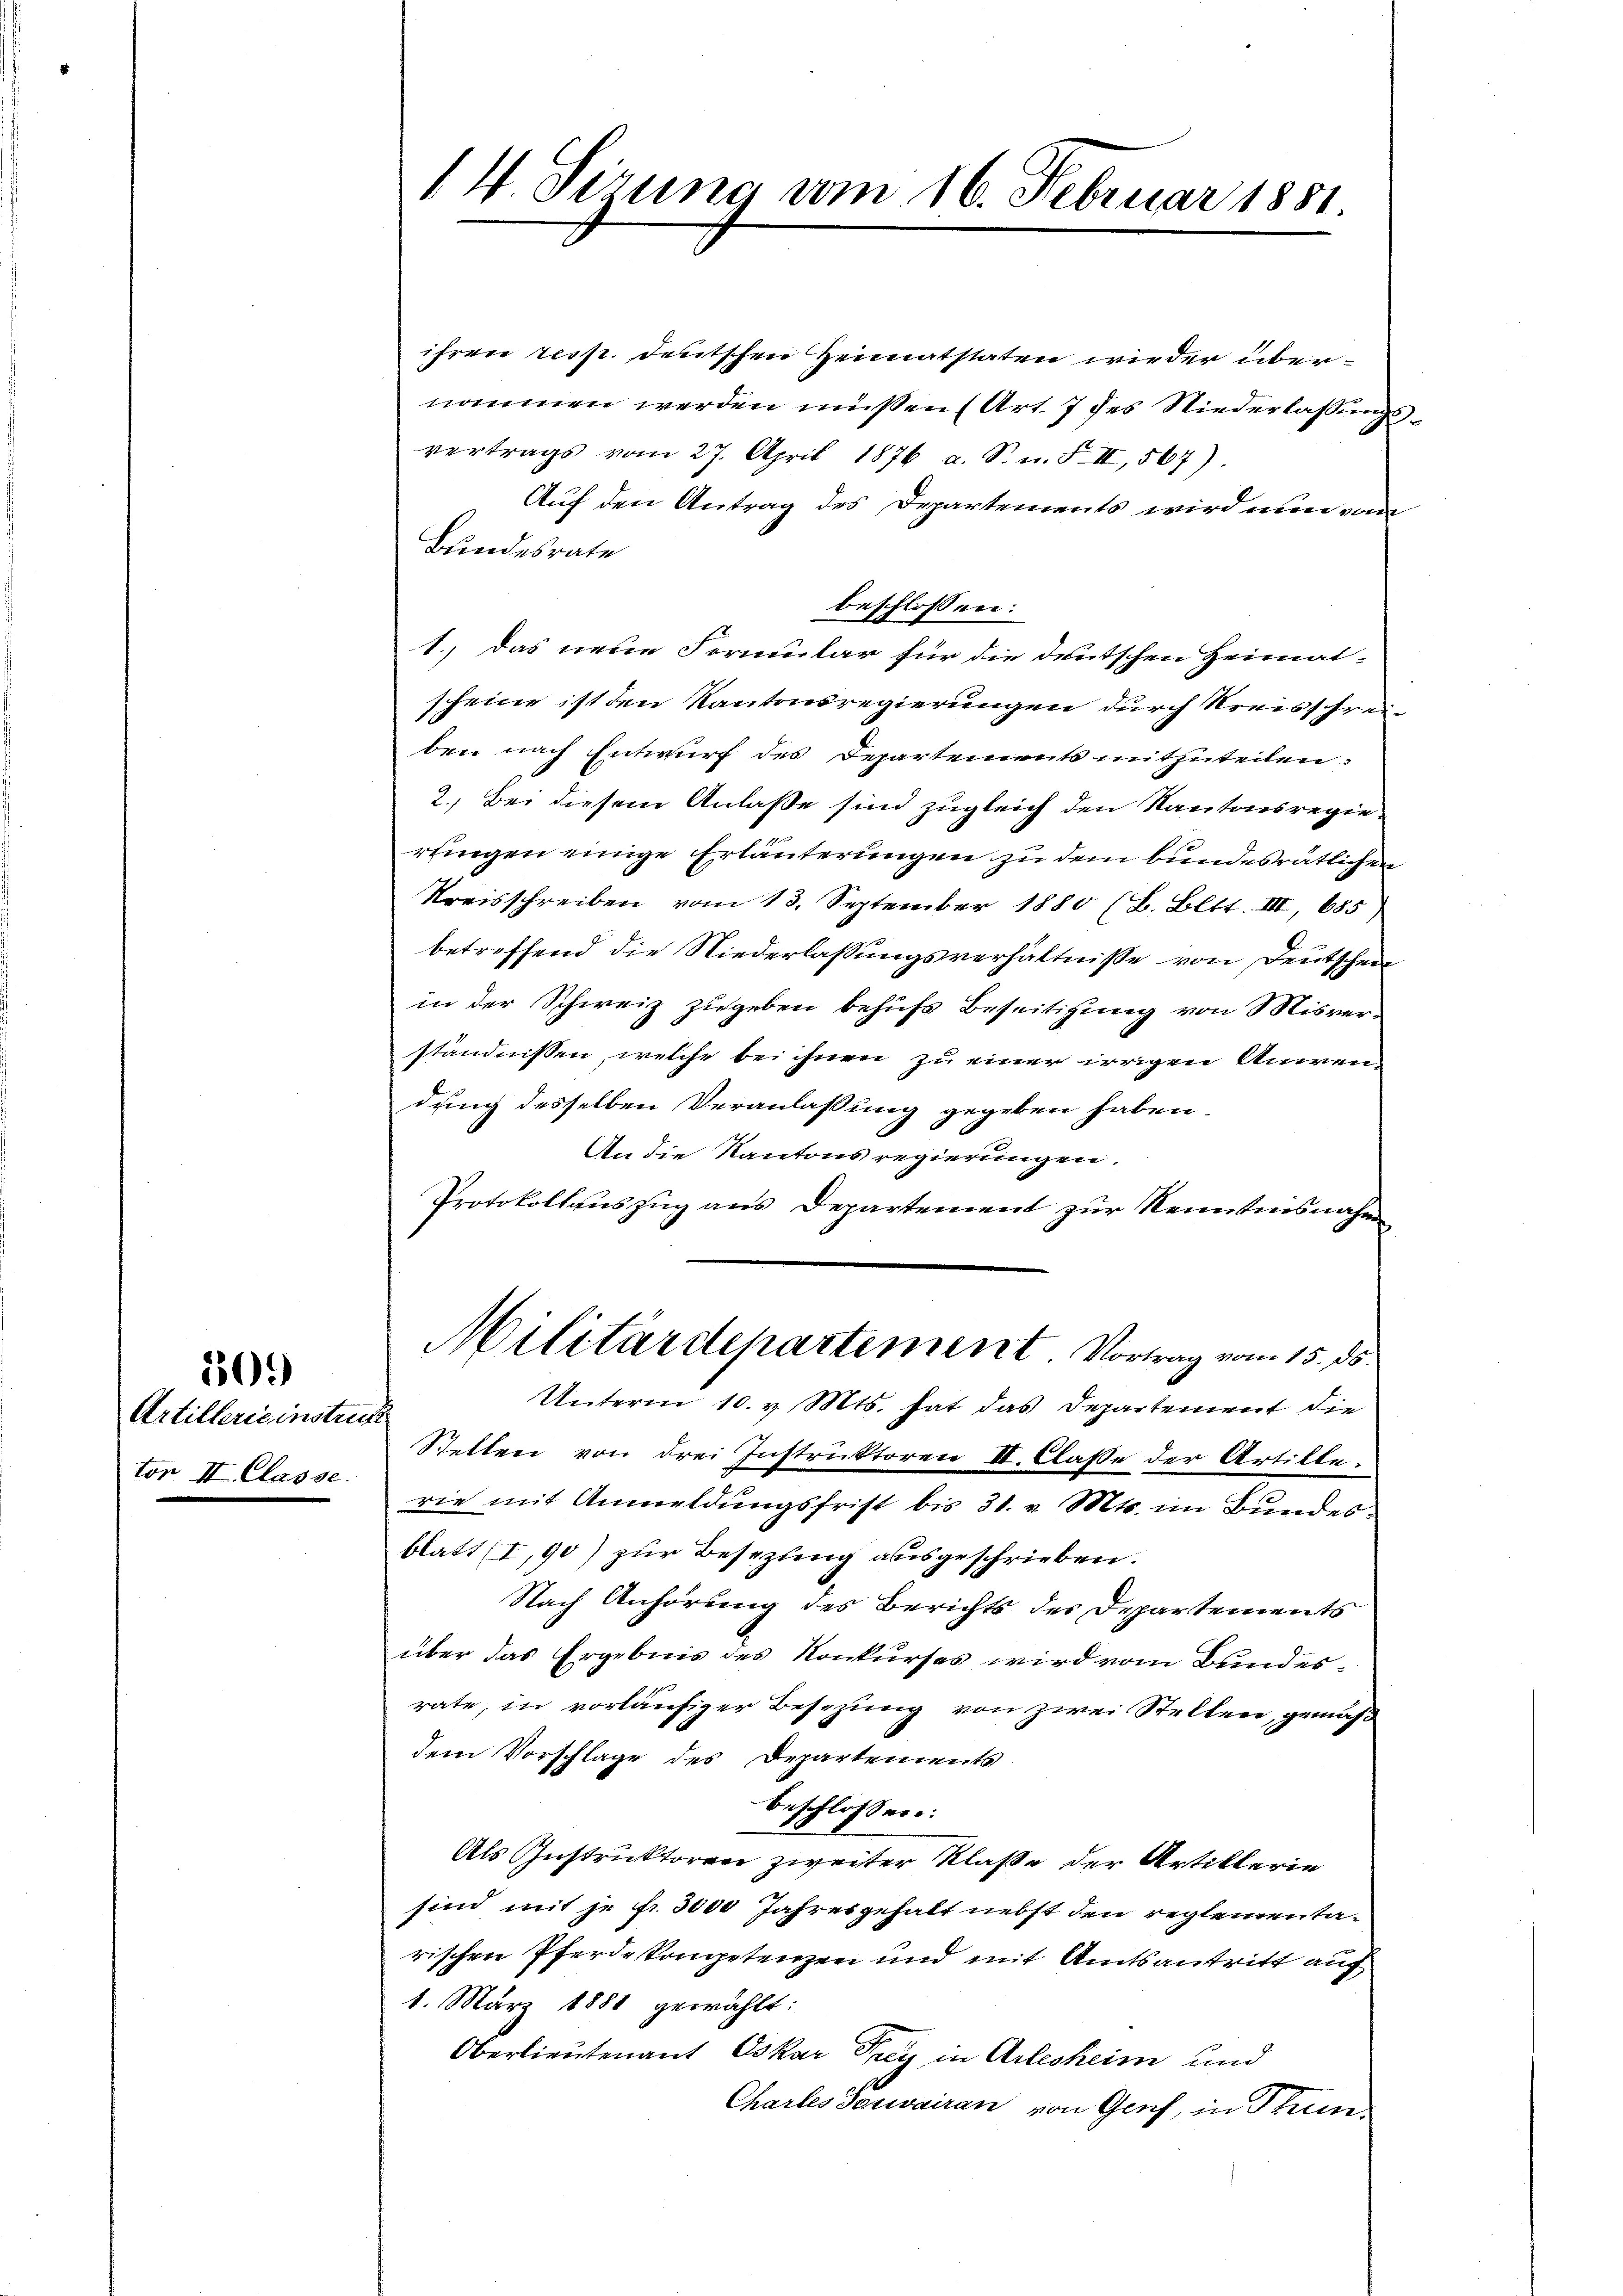
509)

Artillerie instru
ton II. Classe.

14 Sirung vom 16. Februar 1851.

ihren resp. deutschen Heimatstaten wie der übernommen werden müssen (Art. 7 des Niederlassung,
vertrags vom 27. April 1876 a. S. n. F. II, 567)
Auf den Antrag des Departements wird nun vom
Bundesrate
beschlossen:
1., das neue Formular für die deutschen Heimat-
scheine ist den Kantonsregierungen durch Kreisschreiben nach Entwurf des Departements mitzuteilen.
2. Bei diesem Anlaße sind zugleich den Kantonsregiertingen einige Erläuterungen zu dem bundesrätlichen
Kreisschreiben vom 13. September 1880 (B. Bett. III, 685
betreffend die Niederlassungsverhältnisse von Deutschen
in der Schweiz zugeben behufs Beseitigung von Misverständnissen, welche bei ihnen zu einer irrigen Anwendung desselben Veranlaßung gegeben haben
An die Kantons regierungen.
Protokollauszug aus Departement zur Kenntnisnahm
Militärdepartement Vortrag vom 15. ds.
Unterm 10. v. Mts. hat das Departement die
¬
Stellen von drei Instruktoren II. Claße der Artille-
rie mit Anmeldungsfrist bis 31. v. Mts. im Bundes.
blatt (I,90) zur Besezung ausgeschrieben.
Nach Anhörung des Berichts des Departements
über das Ergebnis des Konkurses wird vom Bundesrate, in vorläufiger Besizung von zwei Stellen, gemäß
dem Vorschlage des Departements
beschlossen:
Als Instruktoren zweiter Klaße der Artiklerie
sind mit je fr. 3000 Jahresgehalt nebst den reglementarischen Pferdekompetenzen und mit Amtsantritt auf
1. März 1881 gewählt:
Oberlieutenant Oskar Prey in Arlesheim und
Chartes Farwairan von Genf, in Thun¬